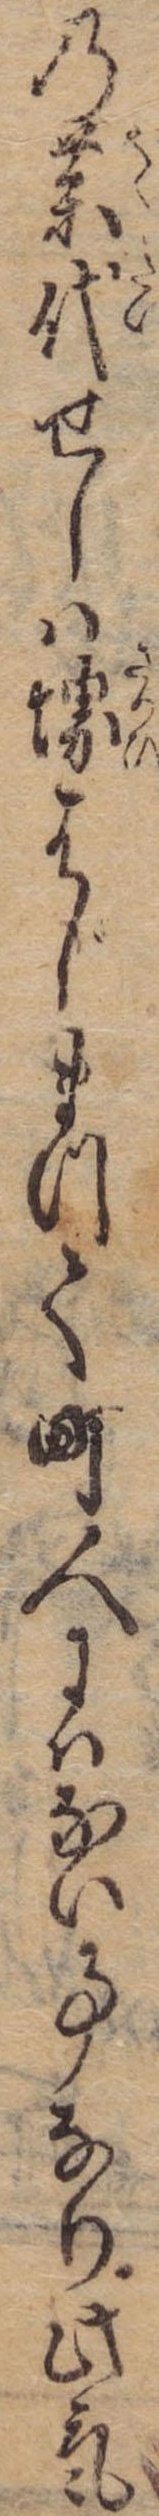
の薬代せしは堺はじまつて町人にはない事なり此気